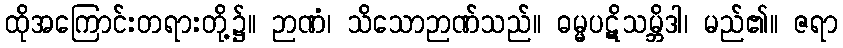
ထိုအကြောင်းတရားတို့၌။ ဉာဏံ၊ သိသောဉာဏ်သည်။ ဓမ္မပဋိသမ္ဘိဒါ၊ မည်၏။ ဇရာ